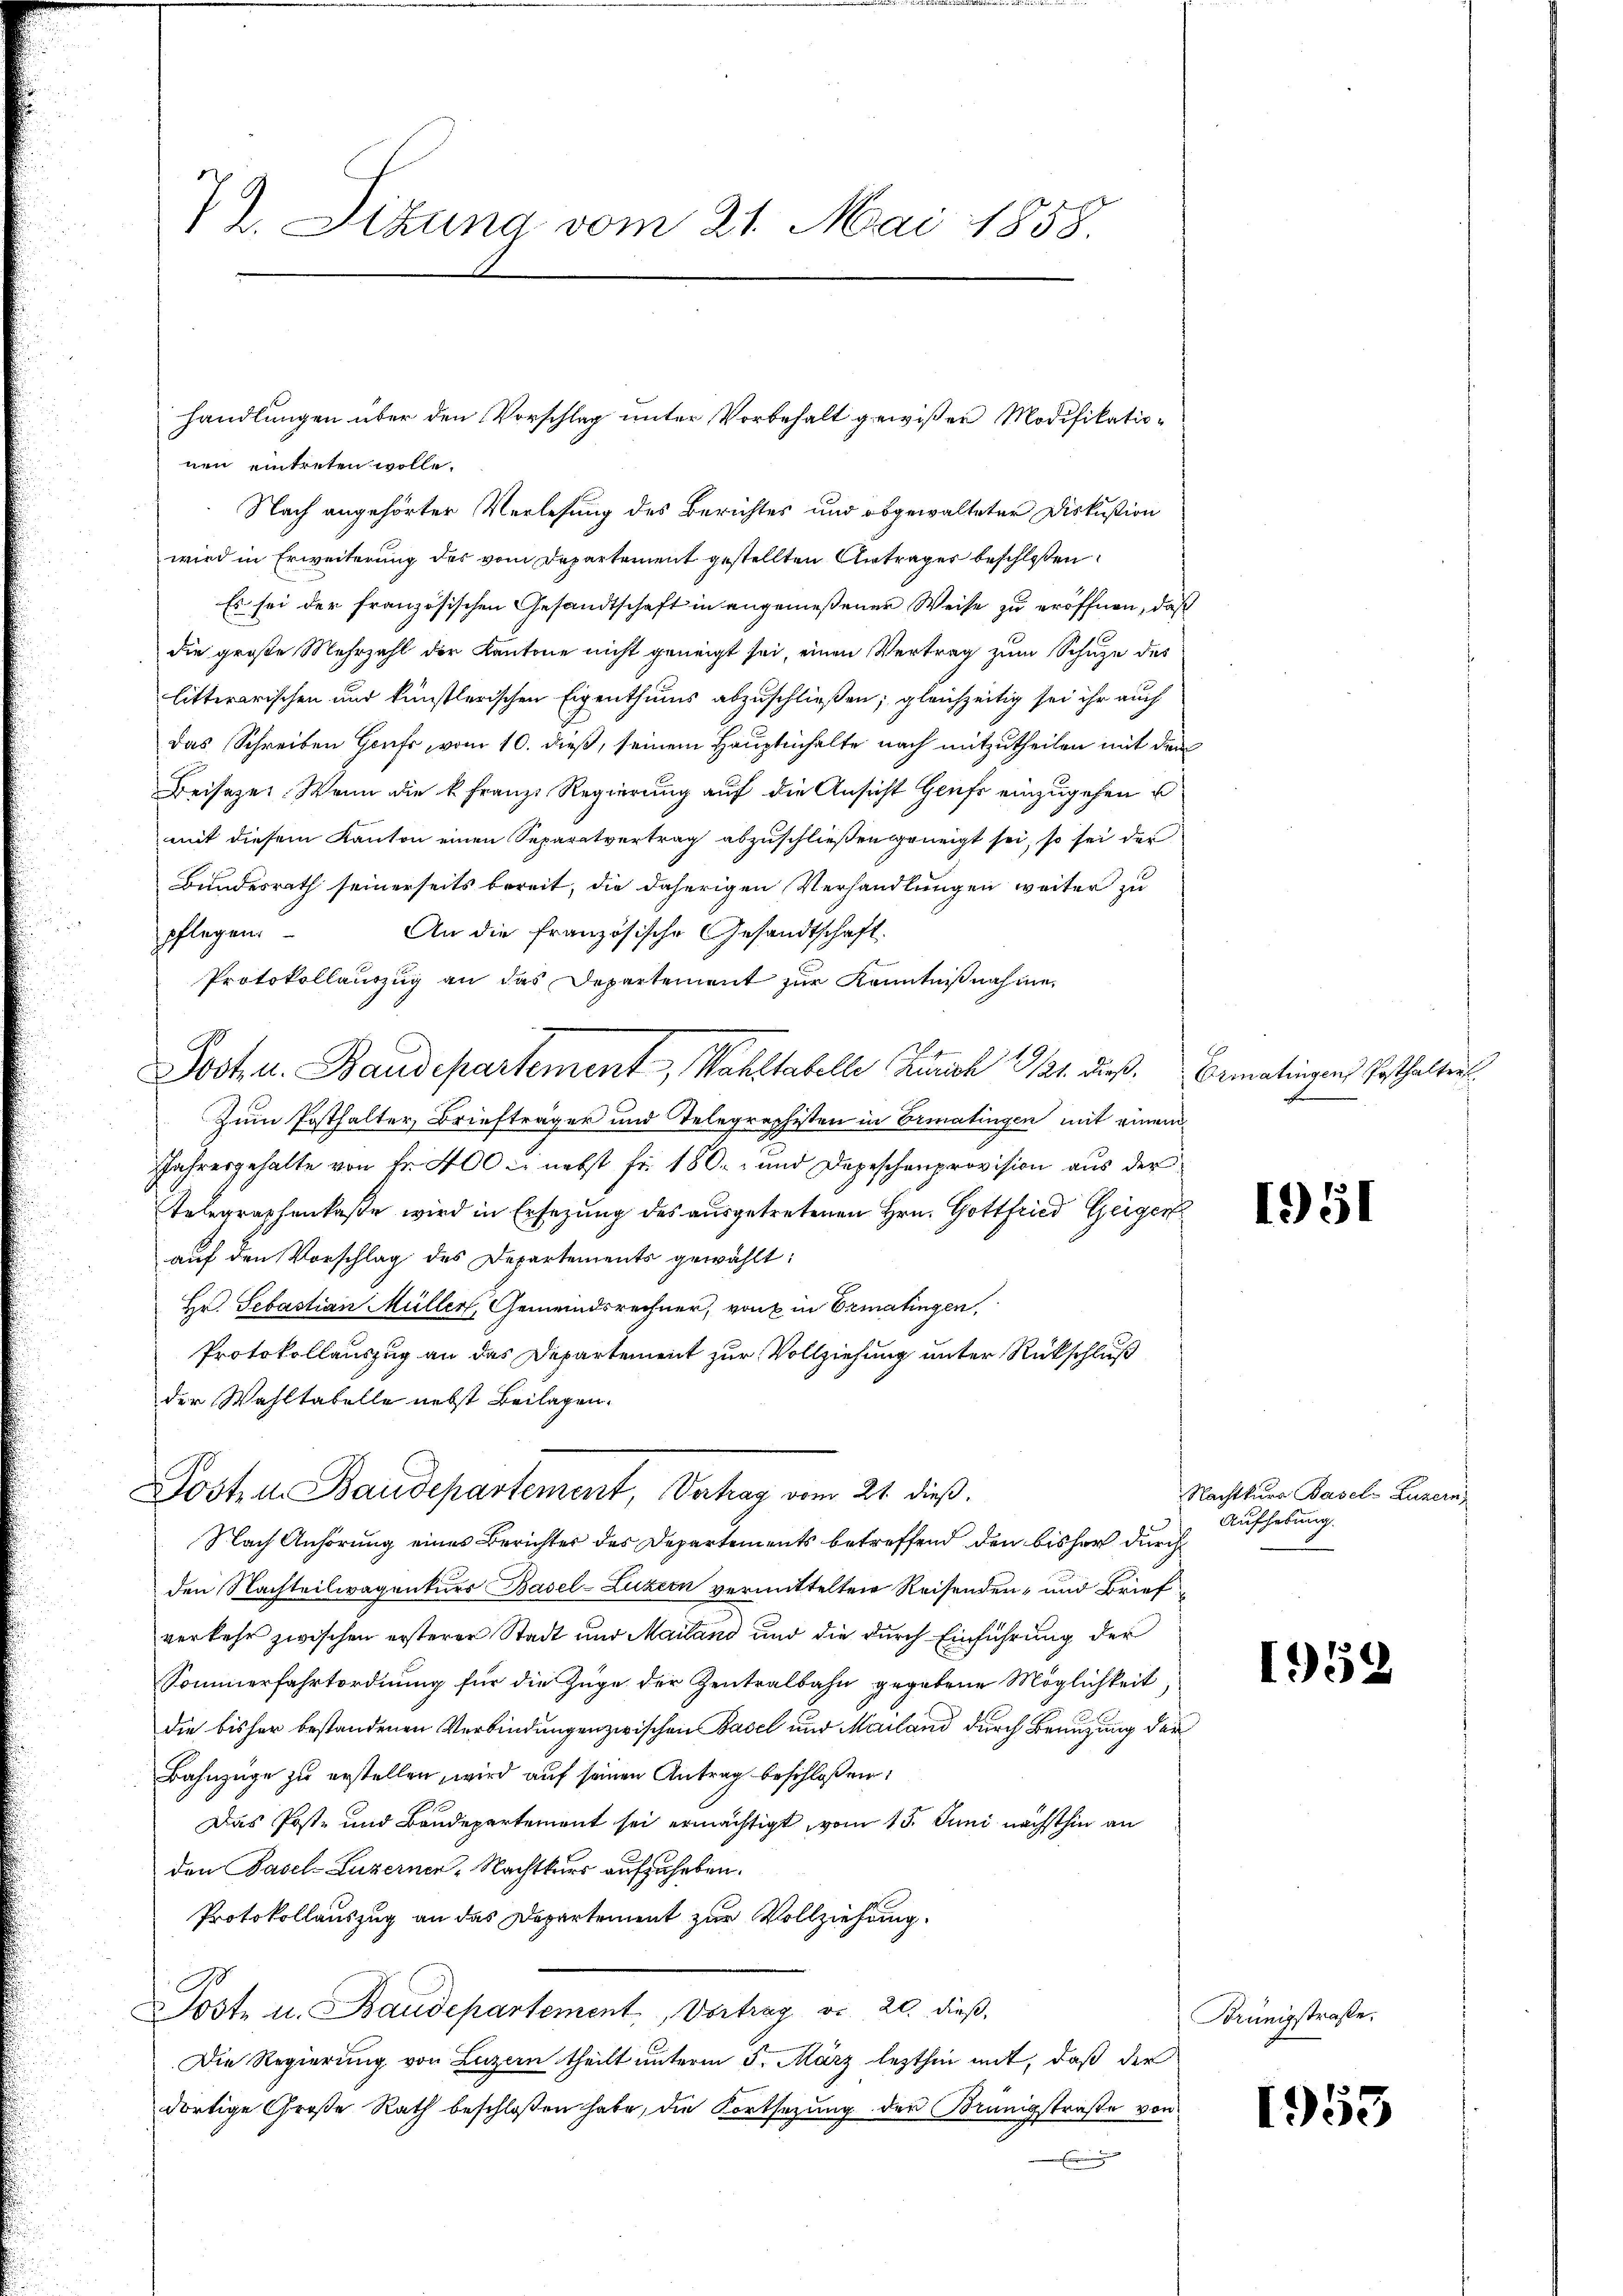
nen eintreten wolle.
Nach angehörter Verlesung des Berichtes und abgewalteter Diskußion
wird in Erweiterung des vom Departement gestellten Antrages beschloßen
Es sei der französischen Gesandtschaft in angemeßenen Weise zu eröffnen, daß
die große Mehrzahl der Kantone nicht geneigt sei, einen Vertrag zum Schuze des
litterarischen und künstlerischen Eigenthums abzuschließen; gleichzeitig sei ihr auch
das Schreiben Genf, vom 10. dieß, seinem Hauptmhalte nach mitzutheilen mit dem
Beisezes. Wenn die k. Franze Regierung auf die Ansicht Genf einzugehen u
mit diesem Kanton einen Separatvertrag abzuschließen geneigt sei, so sei der
Bundesrath seinerseits bereit, die daherigen Verhandlungen weiter zu
An die französische Gesandtschaft.
pflegen.
Protokollauszug an das Departement zur Kenntnißnahme,
Jost u. Baudepartement, Mahltabelle Zürich 111. dieß. Bematingen Gasthalter
Zum Posthalter Briefträger und Telegraphisten in Ermatingen mit einem
Jahresgehalte von Fr. 400 l. nebst für 180. und Depeschenprovision aus der
Telegraphenkaße wird in Ersezung des ausgetretenen Hrn. Gottfried Geiger
auf den Vorschlag des Departements gewählt:
Hr. Sebastian Müller, Gemeindsrechner, von in Ermatingen,
Protokollauszug an das Departement zur Vollziehung unter Rückschluß
der Wahltabelle nebst Beilagen.

7). Sitzung vom 21. Mai 1858.

handlungen über den Vorschlag unter Vorbehalt gewißen Modifikatio¬

Post u. Baudepartement, Vertrag vom 21. dieß.

Nach Anhörung eines Berichter des Departements betreffend den bisher durch
den Nachteilwagenturs Basel-Luzern vermittelter Reisenden- und Brief
verkehr zwischen ersterer Stadt und Mailand und die durch Einführung der
Sommerfahrtordnung für die Züge der Zentralbahn gegebene Möglichkeit,
die bisher bestandenen Verbindungen zwischen Basel und Mailand durch Benuzung der
Bahnzüge zu erstellen, wird auf seinen Antrag beschloßen:
Das Poste und Bandepartement sei ermächtigt, vom 15. Juni nächsthin an
den Basel-Luzerner, Nachtkurs aufzuheben.
Protokollauszug an das Departement zur Vollziehung.
A
Soste u. Baudepartement, Vortrag v. 20. dieß,
Die Regierung von Luzern theilt unterm 5. März lezthin mit, daß der
dortige Große Rath beschloßen habe, die Fortsezung der Brünigstraße von

1951

Nachtkura Basels Luzern
Aufhebung.

1950

Krünigstraße.

1955